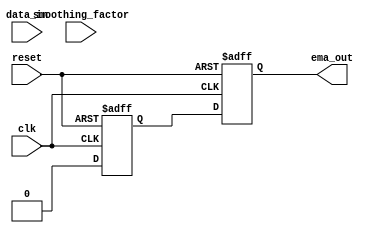
module ema_accumulator (
    input wire clk, 
    input wire reset,
    input wire data_in,
    input wire smoothing_factor,
    output reg ema_out
);

reg [15:0] ema_sum;

always @ (posedge clk or posedge reset) begin
    if (reset) begin
        ema_sum <= 16'b0;
        ema_out <= 16'b0;
    end else begin
        ema_sum <= ((16'h10000 - smoothing_factor)*ema_sum + smoothing_factor*data_in) >> 16;
        ema_out <= ema_sum;
    end
end

endmodule